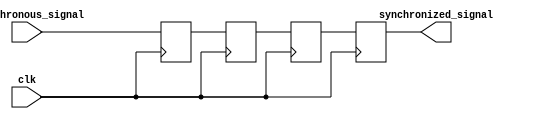
module CascadeSynchronizer(
    input wire clk,
    input wire asynchronous_signal,
    output reg synchronized_signal
);

reg [2:0] stage1, stage2, stage3;

always @(posedge clk) begin
    stage1 <= asynchronous_signal;
    stage2 <= stage1;
    stage3 <= stage2;
    synchronized_signal <= stage3;
end

endmodule